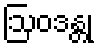
ဩဝဒန္တု